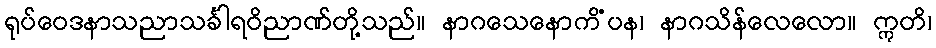
ရုပ်ဝေဒနာသညာသင်္ခါရဝိညာဏ်တို့သည်။ နာဂသေနောကိံပန၊ နာဂသိန်လေလော။ ဣတိ၊